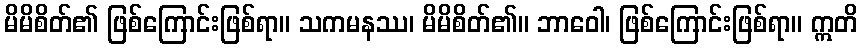
မိမိစိတ်၏ ဖြစ်ကြောင်းဖြစ်ရာ။ သကမနဿ၊ မိမိစိတ်၏။ ဘာဝေါ၊ ဖြစ်ကြောင်းဖြစ်ရာ။ ဣတိ